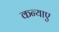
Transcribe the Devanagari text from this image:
कन्याए